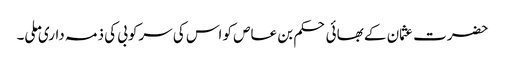
حضرت عثمان کے بھائی حکم بن عاص کو اس کی سرکوبی کی ذمہ داری ملی۔